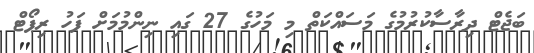
ބަޖެޓް ދިރާސާކުރުމުގެ މަސައްކަތް މި މަހުގެ 27 ގައި ނިންމުމަށް ފަހު ރިޕޯޓް